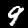
Digit: 9